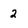
Character: 2